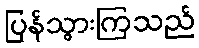
ပြန်သွားကြသည်